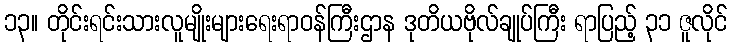
၁၃။ တိုင်းရင်းသားလူမျိုးများရေးရာဝန်ကြီးဌာန ဒုတိယဗိုလ်ချုပ်ကြီး ရာပြည့် ၃၁ ဇူလိုင်